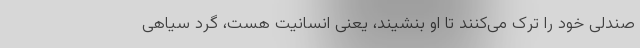
صندلی خود را ترک می‌کنند تا او بنشیند، یعنی انسانیت هست، گرد سیاهی